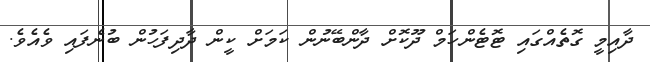
ދާއިމީ ގޮތެއްގައި ޓޮޓެންހަމް ދޫކޮށް ދާންބޭނުން ކަމަށް ކީން ދާދިފަހުން ބުނެފައި ވެއެވެ.